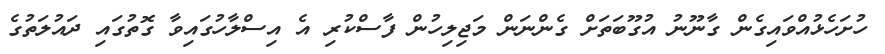
ހުށަހެޅުއްވައިގެން ގާނޫނު އުގޫބަތަށް ގެންނަން މަޖިލިހުން ފާސްކުރި އެ އިސްލާހުގައިވާ ގޮތުގައި ދައުލަތުގެ